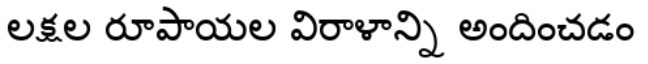
లక్షల రూపాయల విరాళాన్ని అందించడం